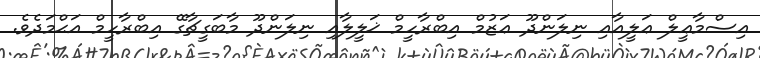
އިސްމާޢީލް ޢަލީއާއި ނިލަންދޫ ޢަޒުމް އިބްރާހީމް ޚަލީލާއި ނިލަންދޫ މާބަގީޗާގޭ އިބްރާހީމް އަޙްމަދެވެ.